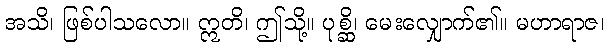
အသိ၊ ဖြစ်ပါသလော။ ဣတိ၊ ဤသို့။ ပုစ္ဆိ၊ မေးလျှောက်၏။ မဟာရာဇ၊